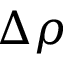
\Delta \rho